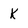
Character: K